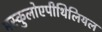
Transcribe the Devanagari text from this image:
मस्कुलोएपीथिलियल